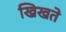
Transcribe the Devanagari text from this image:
खिखते